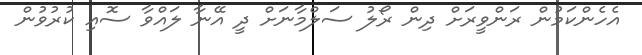
އެހެންކަމުން ރަންވީރަށް ދިން ރޯލު ސަލްމާނަށް ދީ އޭނާ ލައްވާ ސޮއި ކުރުވުން